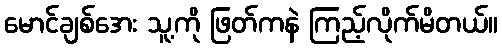
မောင်ချစ်အေး သူ့ကို ဖြတ်ကနဲ ကြည့်လိုက်မိတယ်။